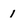
Character: 1